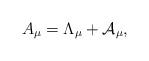
LaTeX: \begin{align*}A_{\mu} = \Lambda_{\mu} + {\cal A}_{\mu},\end{align*}